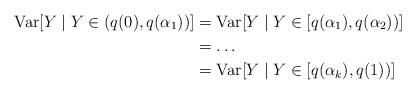
LaTeX: \begin{align*}\textrm{Var}[Y \mid Y \in (q(0),q(\alpha_1))]&=\textrm{Var}[Y \mid Y \in [q(\alpha_1),q(\alpha_2))]\\&=\ldots\\&=\textrm{Var}[Y \mid Y \in [q(\alpha_k),q(1))] \end{align*}